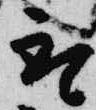
取